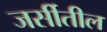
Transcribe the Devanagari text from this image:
जर्सीतील